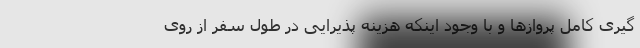
گیری کامل پروازها و با وجود اینکه هزینه پذیرایی در طول سفر از روی